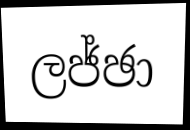
ලජ්ඡා